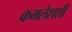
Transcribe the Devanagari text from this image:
कमलेशशी